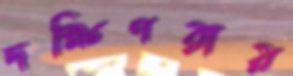
দক্ষিণরায়